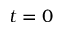
t = 0